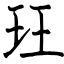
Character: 玨